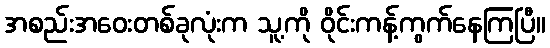
အစည်းအဝေးတစ်ခုလုံးက သူ့ကို ဝိုင်းကန့်ကွက်နေကြပြီ။